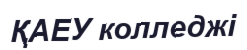
ҚАЕУ колледжі